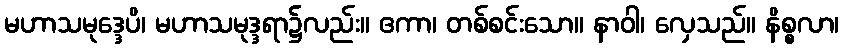
မဟာသမုဒ္ဒေပိ၊ မဟာသမုဒ္ဒရာ၌လည်း။ ဧကာ၊ တစ်စင်းသော။ နာဝါ၊ လှေသည်။ နိစ္စလာ၊